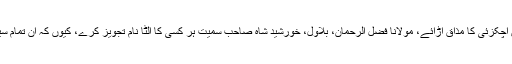
کسی کے لیے بھی منشی لفظ طعنہ بنا دے، محمود خان اچکزئی کا مذاق اڑائے، مولانا فضل الرحمان، بلاول، خورشید شاہ صاحب سمیت ہر کسی کا اُلٹا نام تجویز کرے، کیوں کہ ان تمام سیاستدانوں کے حامیوں کی دِل آزاری تو ہوتی ہی نہیں نا۔